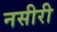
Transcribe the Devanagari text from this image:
नसीरी